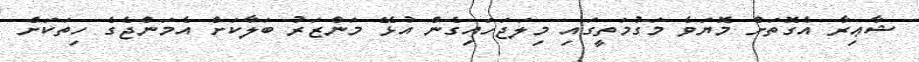
ޝާޢިރާ އެގޮތަށް މޮޔަވެ މަގުމަތީގައި މިލަޖަހައިގެން އުޅޭ މަންޒަރު ބަލާކަށް އެމަންޖެގެ ހިތަކަށް